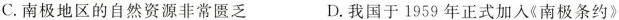
C.南极地区的自然资源非常匮乏 D.我国于1959年正式加入《南极条约》